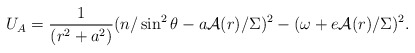
\begin{align*}U_A= \frac 1{(r^2 +a^2) } ( n/\sin ^2 \theta - a {\cal A}(r)/\Sigma )^2 -(\omega + e {\cal A}(r)/\Sigma )^2.\end{align*}